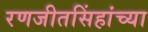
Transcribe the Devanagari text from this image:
रणजीतसिंहांच्या